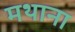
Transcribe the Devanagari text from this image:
मथाना